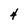
Character: 4